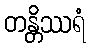
တန္တိဿရံ